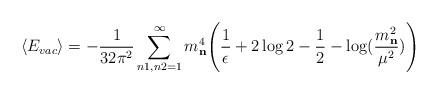
LaTeX: \begin{align*}\langle E_{vac}\rangle=-{1\over{32\pi^2}}\sum_{n1,n2=1}^{\infty}m^{4}_{\bf n}\Bigg ({1\over{\epsilon}}+2\log 2-{1\over{2}}-\log({m^{2}_{\bf n}\over{\mu^2}})\Bigg )\end{align*}